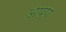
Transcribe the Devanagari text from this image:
अपण